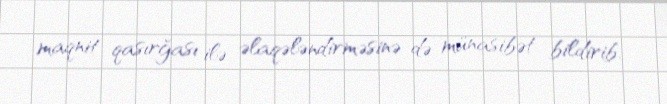
maqnit qasırğası ilə əlaqələndirməsinə də münasibət bildirib.